Civil Veterinary Department. United Provinces 1923-31 - 1923-1931
Year: 1923
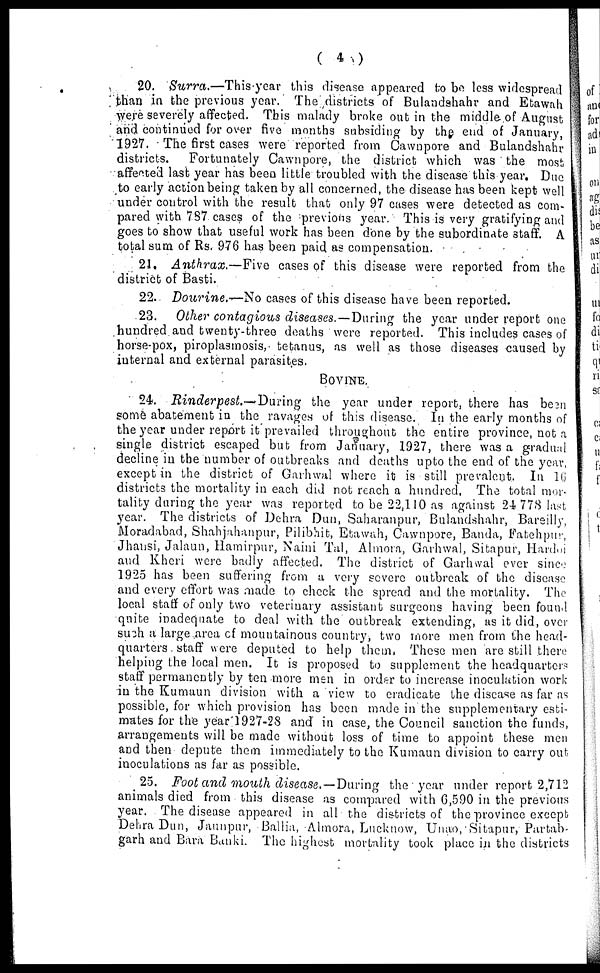
( 4 )
20. Surra.—This year this disease appeared to be less widespread
than in the previous year. The districts of Bulandshahr and Etawah.
were severely affected. This malady broke out in the middle of August
and continued for over five months subsiding by the end of January,
1927. The first cases were reported from Cawnpore and Bulandshahr
districts.
Fortunately Cawnpore, the district which was the most
affected last year has been little troubled with the disease this year. Due
to early action being taken by all concerned, the disease has been kept well
under control with the result that only 97 cases were detected as com-
pared with 787 cases of the previous year. This is very gratifying and
goes to show that useful work has been done by the subordinate staff. A
total sum of Rs. 976 has been paid as compensation.
21. Anthrax.—Five
cases of this disease were reported from the
district of Basti.
22. Dourine.—No cases of this disease have been reported.
23.
Other contagious diseases.—During the year under report one
hundred and twenty-three deaths were reported. This includes cases of
horse-pox, piroplasmosis,. tetanus, as well as those diseases caused by
internal and external parasites.
BOVINE.
24. Rinderpest.—During
the year under report, there has been
some abatement in the ravages of this disease. In the early months of
the year under report it prevailed throughout the entire province, not a
single district escaped but from January, 1927, there was a gradual
decline in the number of outbreaks and deaths upto the end of the year,
except in the district of Garhwal where it is still prevalent. In 16
districts the mortality in each did not reach a hundred. The total mor-
tality during the year was reported to be 22,110 as against 24 778 last
year. The districts of Dehra Dun, Saharanpur, Bulandshahr, Bareilly,
Moradabad, Shahjahanpur, Pilibhit, Etawah, Cawnpore, Banda, Fatehpur,
Jhansi, Jalaun, Hamirpur, Naini Tal, Almora, Garhwal, Sitapur, Hardoi
and Kheri were badly affected. The district of Garhvval ever since
1925 has been suffering from a very severe outbreak of the disease
and every effort was made to check the spread and the mortality. The
local staff of only two veterinary assistant surgeons having been found
quite inadequate to deal with the outbreak extending, as it did, over
such a large area of mountainous country, two more men from the head-
quarters. staff were deputed to help them, These men are still there
helping the local men. It is proposed to supplement the headquarters
staff permanently by ten more men in order to increase inoculation work
in the Kumaun division with a view to eradicate the disease as far as
possible, for which provision has been made in the supplementary esti-
mates for the year 1927-28 and in case, the Council sanction the funds,
arrangements will be made without loss of time to appoint these men
and then depute them immediately to the Kumaun division to carry out
inoculations as far as possible.
25. Foot and mouth disease. — During the year under report 2,712
animals died from this disease as compared with 6,590 in the previous
year. The disease appeared in all the districts of the province except
Dehra Dun, Jaunpur, Ballia, Almora, Lucknow, Unao, Sitapur, Partab-
garh and Bara Banki. The highest mortality took place in the districts